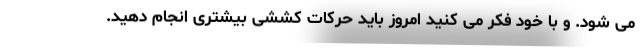
می شود. و با خود فکر می کنید امروز باید حرکات کششی بیشتری انجام دهید.